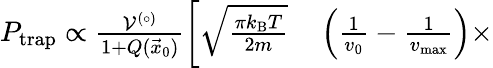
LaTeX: \begin{array}{rl}{P_{\textrm{trap}}\propto\frac{\mathcal{V}^{(\circ)}}{1+Q(\vec{x}_{0})}\bigg[\sqrt{\frac{\pi k_{\textrm{B}}T}{2m}}}&{{}\left(\frac{1}{v_{0}}-\frac{1}{v_{\textrm{max}}}\right)\times}\end{array}